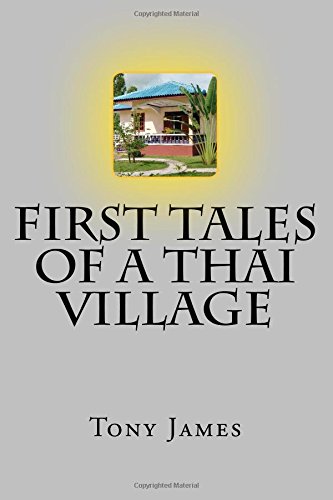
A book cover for First Tales of a Thai Village; Tony James; Travel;